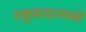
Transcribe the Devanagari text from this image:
राष्ट्रवादामध्ये